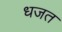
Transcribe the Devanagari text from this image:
धजत